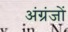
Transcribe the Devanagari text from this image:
अंग्रंजों